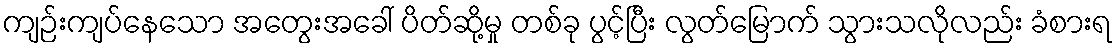
ကျဉ်းကျပ်နေသော အတွေးအခေါ် ပိတ်ဆို့မှု တစ်ခု ပွင့်ပြီး လွတ်မြောက် သွားသလိုလည်း ခံစားရ